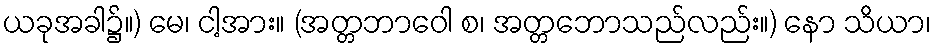
ယခုအခါ၌။) မေ၊ ငါ့အား။ (အတ္တဘာဝေါ စ၊ အတ္တဘောသည်လည်း။) နော သိယာ၊